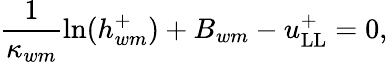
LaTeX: \frac{1}{\kappa_{wm}}\ln(h_{wm}^{+})+B_{wm}-u_{\mathrm{LL}}^{+}=0,